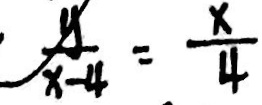
\frac { y } { x - 4 } = \frac { x } { 4 }